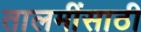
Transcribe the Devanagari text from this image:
तालमींसाठी